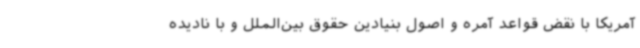
آمریکا با نقض قواعد آمره و اصول بنیادین حقوق بین‌الملل و با نادیده